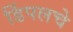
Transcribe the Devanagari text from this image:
डिंपलचे